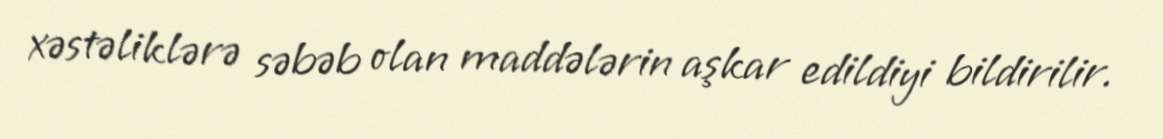
xəstəliklərə səbəb olan maddələrin aşkar edildiyi bildirilir.